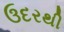
ઉદરથી